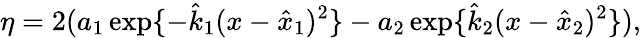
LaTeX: \eta=2(a_{1}\exp\{ -\hat{k}_{1}(x-\hat{x}_{1})^{2}\} -a_{2}\exp\{ \hat{k}_{2}(x-\hat{x}_{2})^{2}\} ),